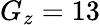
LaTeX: G_{z}=13